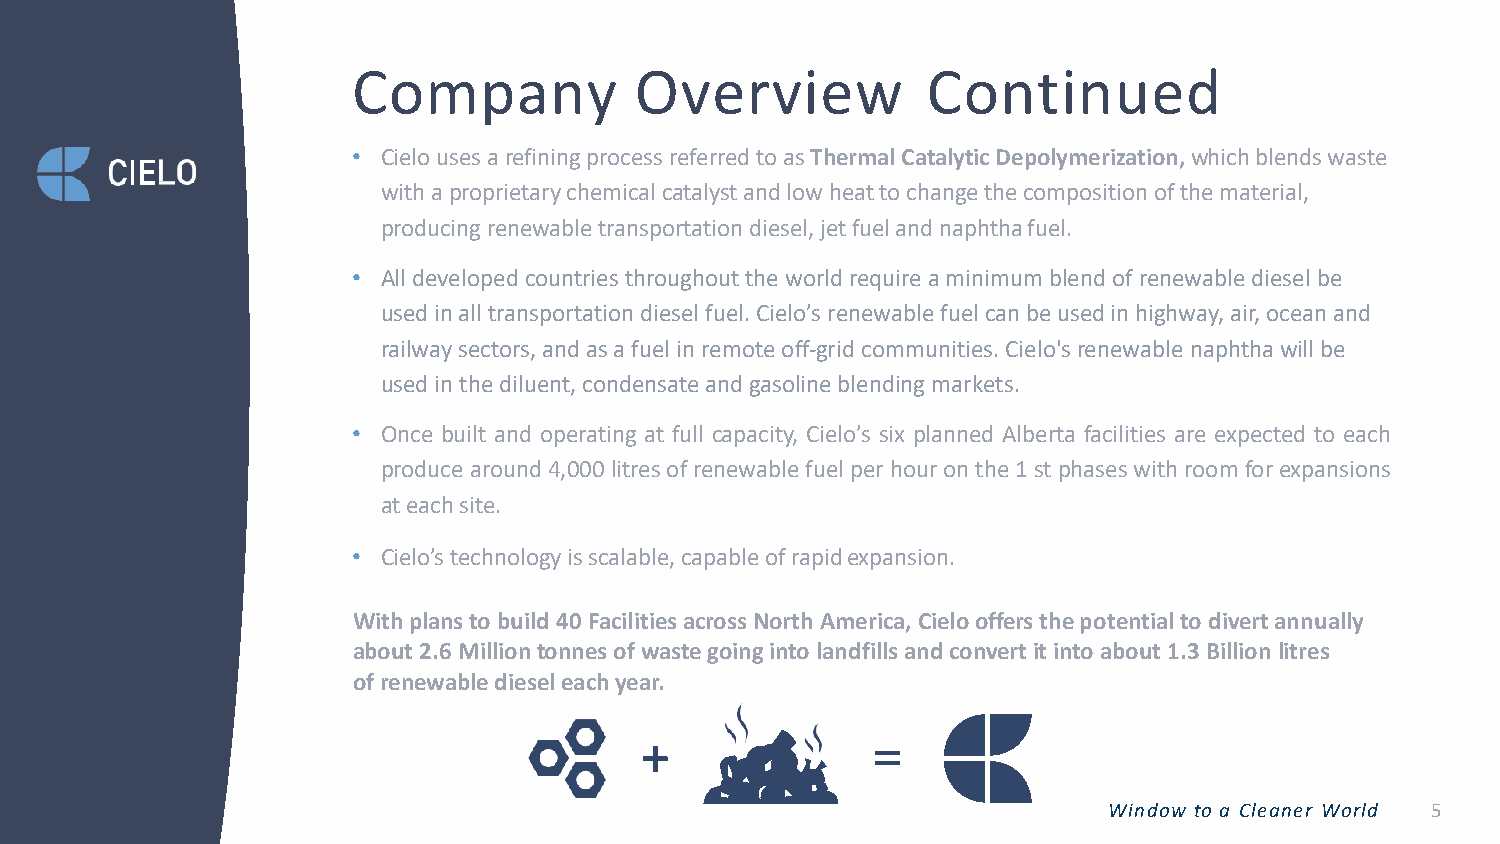
Company            Overview           Continued
 • Cielo uses a refining process referred to as Thermal Catalytic Depolymerization, which blends waste
 with a proprietary chemical catalyst and low heat to change the composition of the material,
 producing renewable transportation diesel, jet fuel and naphthafuel.
 • All developed countries throughout the world require a minimum blend of renewable diesel be
 used in all transportation diesel fuel. Cielo’s renewable fuel can be used in highway, air, ocean and
 railway sectors, and as a fuel in remote off-grid communities. Cielo'srenewable naphthawill be
 used in the diluent, condensateand gasoline blending markets.
 • Once built and operating at full capacity, Cielo’s six planned Alberta facilities are expected to each
 producearound4,000litresofrenewablefuelperhouronthe1stphaseswithroomforexpansions
 ateachsite.
 • Cielo’s technology is scalable, capable of rapidexpansion.
 With plans to build 40 Facilitiesacross North America, Cielo offers the potential to divert annually
 about 2.6 Million tonnes of waste going into landfills and convert it into about 1.3 Billionlitres
 of renewable diesel eachyear.
 Window to a Cleaner World 5